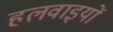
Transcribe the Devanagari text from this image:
हलवाइयों